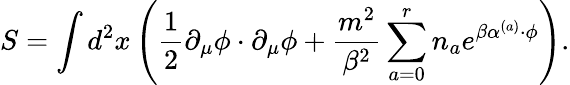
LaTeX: S=\int d^{2}x\left(\frac{1}{2}\partial_{\mu}\phi\cdot\partial_{\mu}\phi+\frac{m^{2}}{\beta^{2}}\sum_{a=0}^{r}n_{a}e^{\beta\alpha^{(a)}\cdot\phi}\right).